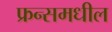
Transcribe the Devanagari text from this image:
फ्रन्समधील